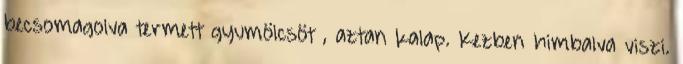
becsomagolva termett gyumölcsöt , aztan kalap. Kezben himbalva viszi.